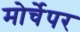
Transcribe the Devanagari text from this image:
मोर्चेपर